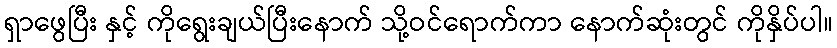
ရှာဖွေပြီး နှင့် ကိုရွေးချယ်ပြီးနောက် သို့ဝင်ရောက်ကာ နောက်ဆုံးတွင် ကိုနှိပ်ပါ။